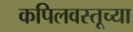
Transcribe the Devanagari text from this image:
कपिलवस्तूच्या